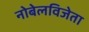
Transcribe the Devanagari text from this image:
नोबेलविजेता